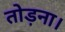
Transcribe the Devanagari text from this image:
तोड़ना।